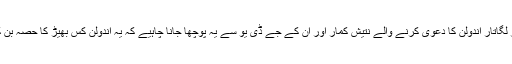
بہار کے خصوصی ریاست کے درجہ پر لگاتار آندولن کا دعویٰ کرنے والے نتیش کمار اور ان کے جے ڈی یو سے یہ پوچھا جانا چاہیے کہ یہ آندولن کس بھیڑ کا حصہ بن کر وعدوں دعووں کے جنگل میں کھوگیا۔